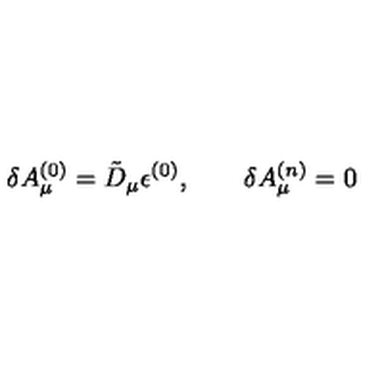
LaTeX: \delta A _ { \mu } ^ { ( 0 ) } = \tilde { D } _ { \mu } \epsilon ^ { ( 0 ) } , \qquad \delta A _ { \mu } ^ { ( n ) } = 0